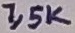
Text: 1,5K